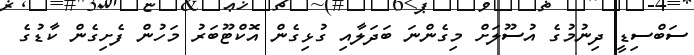
ސަބްސިޑީ ދިނުމުގެ އުސޫލަށް މިގެންނަ ބަދަލާއި ގުޅިގެން އޮކްޓޫބަރު މަހުން ފެށިގެން ކާޑުގެ